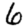
Digit: 6